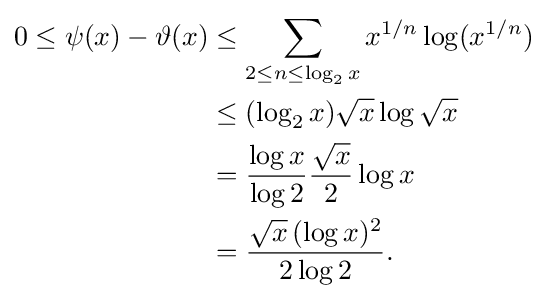
{\begin{aligned}0\leq \psi (x)-\vartheta (x)&\leq \sum _{2\leq n\leq \log _{2}x}x^{1/n}\log(x^{1/n})\\&\leq (\log _{2}x){\sqrt {x}}\log {\sqrt {x}}\\&={\frac {\log x}{\log 2}}{\frac {\sqrt {x}}{2}}\log x\\&={\frac {{\sqrt {x}}\,(\log x)^{2}}{2\log 2}}.\end{aligned}}